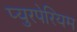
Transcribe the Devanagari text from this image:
प्युरपेरियम